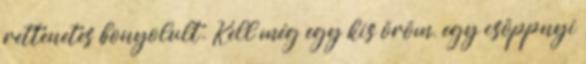
rettenetes bonyolult. Kell még egy kis öröm, egy csöppnyi